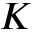
K